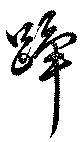
蹕